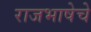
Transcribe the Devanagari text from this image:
राजभाषेचे